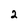
Character: 2